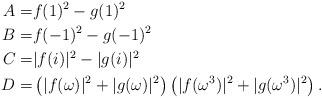
LaTeX: \begin{align*}A=& f(1)^2- g(1)^2\\B=& f(-1)^2-g(-1)^2\\C=& |f(i)|^2-|g(i)|^2 \\D=& \left(|f(\omega)|^2+|g(\omega)|^2\right)\left(|f(\omega^3)|^2+|g(\omega^3)|^2\right).\end{align*}